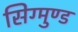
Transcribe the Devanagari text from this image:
सिग्मुण्ड